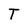
Character: T